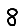
Digit: 8